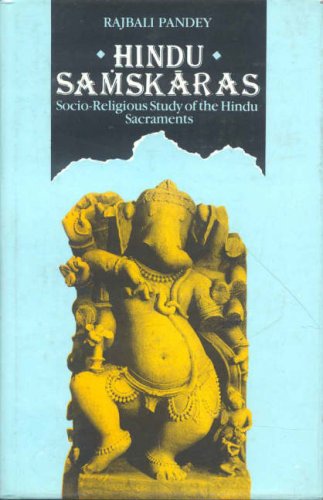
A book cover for Hindu Samskaras: Socio-Religious Study of the Hindu Sacraments; Rajbali Pandey; Religion & Spirituality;